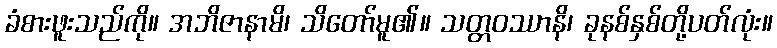
ခံစားဖူးသည်ကို။ အဘိဇာနာမိ၊ သိတော်မူ၏။ သတ္တဝဿာနိ၊ ခုနစ်နှစ်တို့ပတ်လုံး။